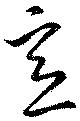
意